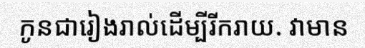
កូនជារៀងរាល់ដើម្បីរីករាយ. វាមាន